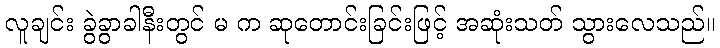
လူချင်း ခွဲခွာခါနီးတွင် မ က ဆုတောင်းခြင်းဖြင့် အဆုံးသတ် သွားလေသည်။